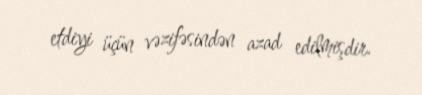
etdiyi üçün vəzifəsindən azad edilmişdir.